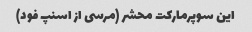
این سوپرمارکت محشر (مرسی از اسنپ فود)